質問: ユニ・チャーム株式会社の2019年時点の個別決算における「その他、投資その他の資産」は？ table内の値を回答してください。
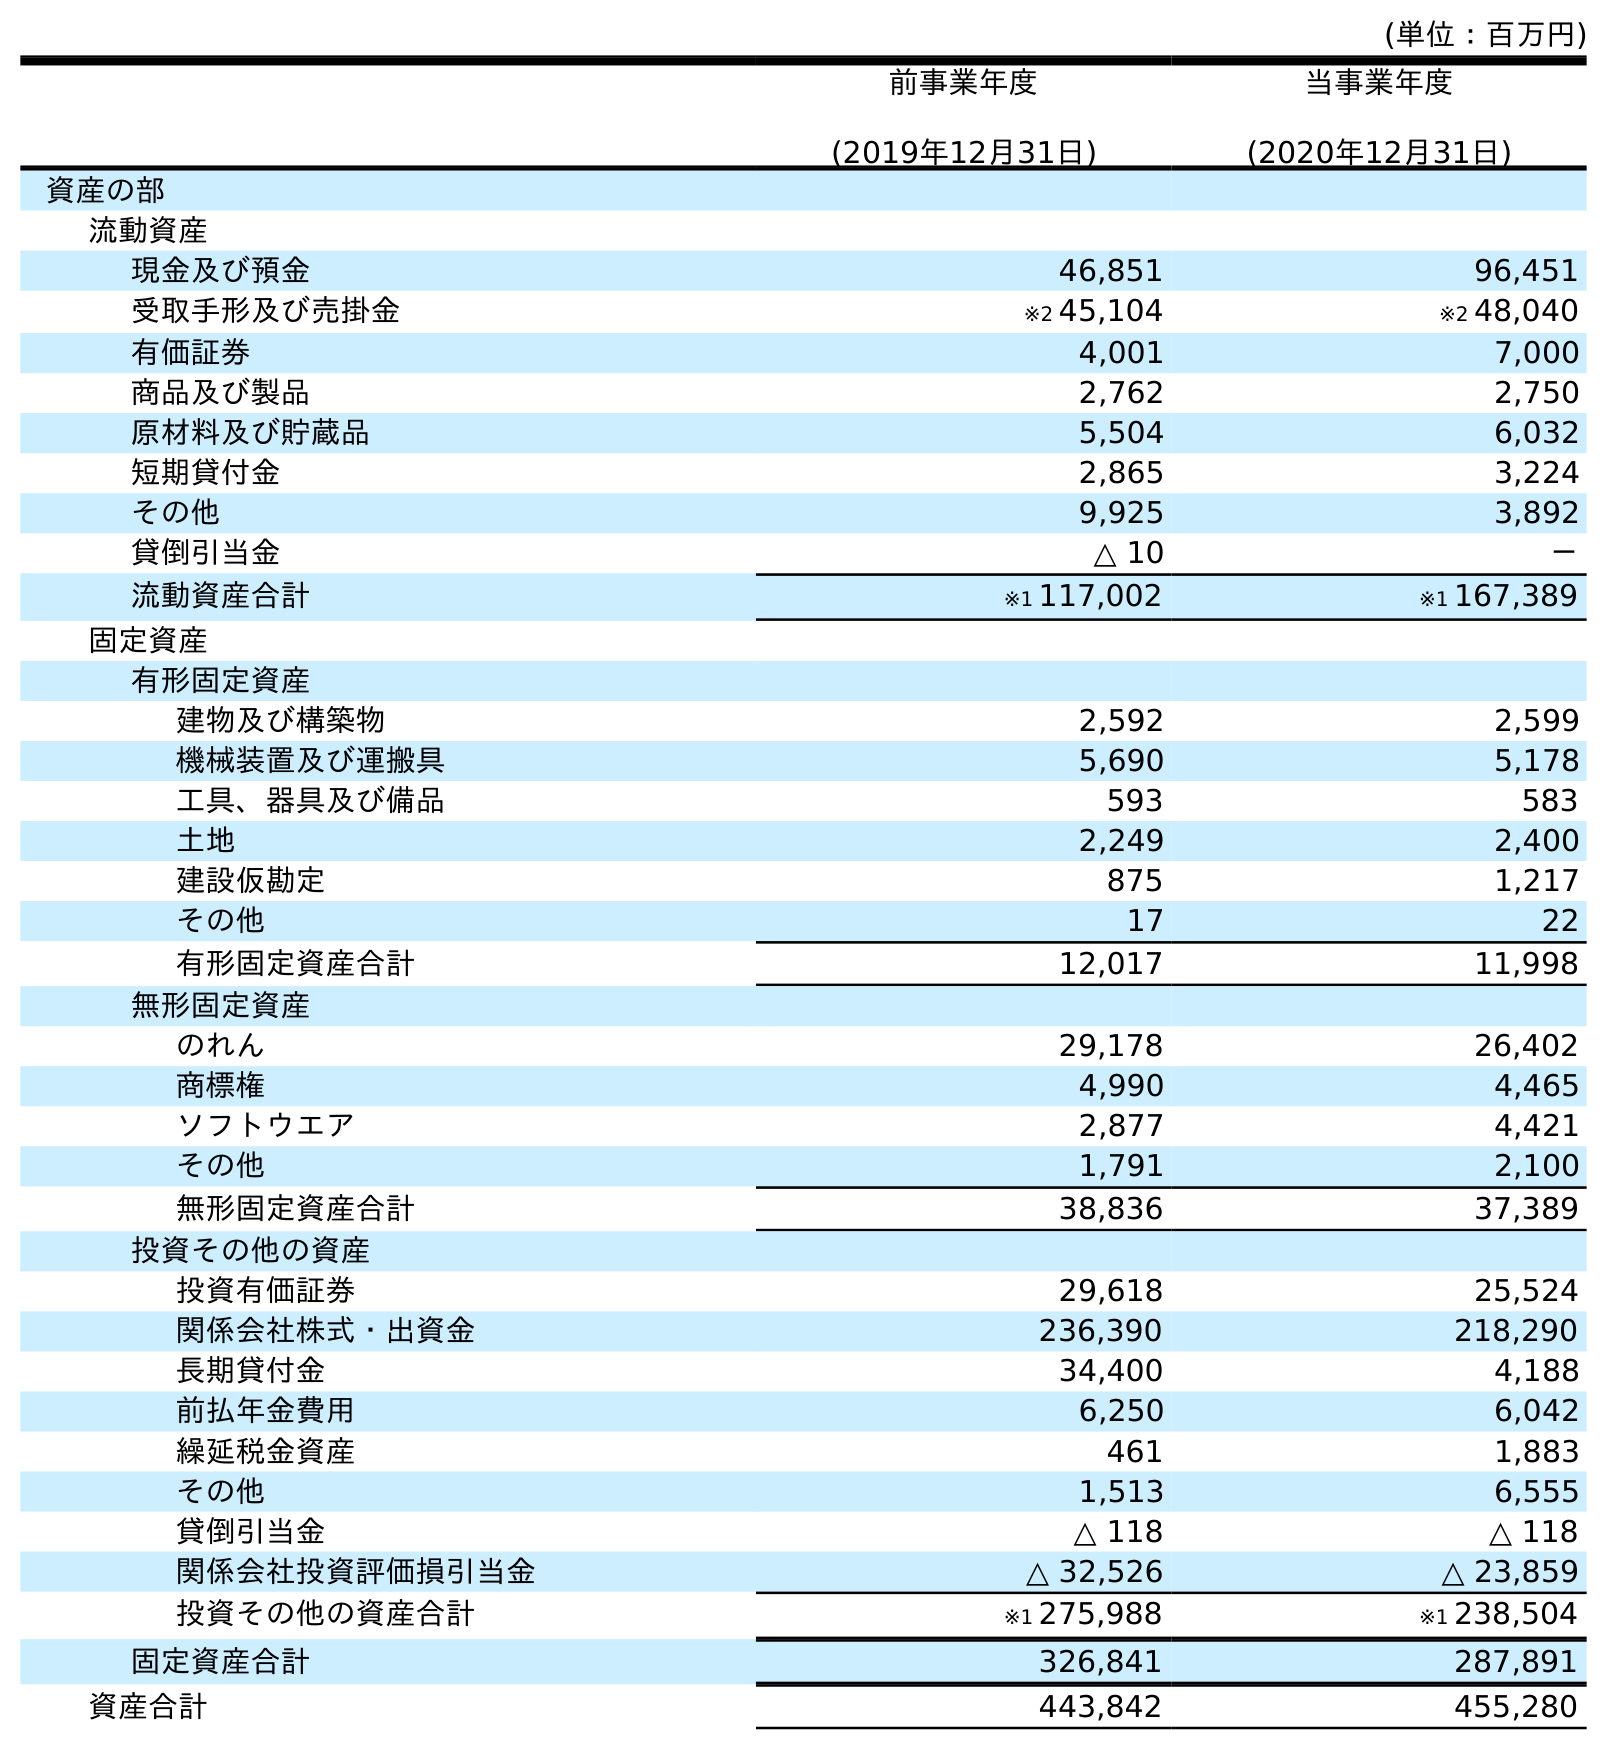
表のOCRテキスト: (単位：百万円) 前事業年度 (2019年12月31日) 当事業年度 (2020年12月31日) 資産の部 流動資産 現金及び預金 46,851 96,451 受取手形及び売掛金 ※2 45,104 ※2 48,040 有価証券 4,001 7,000 商品及び製品 2,762 2,750 原材料及び貯蔵品 5,504 6,032 短期貸付金 2,865 3,224 その他 9,925 3,892 貸倒引当金 △ 10 － 流動資産合計 ※1 117,002 ※1 167,389 固定資産 有形固定資産 建物及び構築物 2,592 2,599 機械装置及び運搬具 5,690 5,178 工具、器具及び備品 593 583 土地 2,249 2,400 建設仮勘定 875 1,217 その他 17 22 有形固定資産合計 12,017 11,998 無形固定資産 のれん 29,178 26,402 商標権 4,990 4,465 ソフトウエア 2,877 4,421 その他 1,791 2,100 無形固定資産合計 38,836 37,389 投資その他の資産 投資有価証券 29,618 25,524 関係会社株式・出資金 236,390 218,290 長期貸付金 34,400 4,188 前払年金費用 6,250 6,042 繰延税金資産 461 1,883 その他 1,513 6,555 貸倒引当金 △ 118 △ 118 関係会社投資評価損引当金 △ 32,526 △ 23,859 投資その他の資産合計 ※1 275,988 ※1 238,504 固定資産合計 326,841 287,891 資産合計 443,842 455,280
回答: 1,513